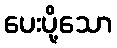
ပေးပို့သော